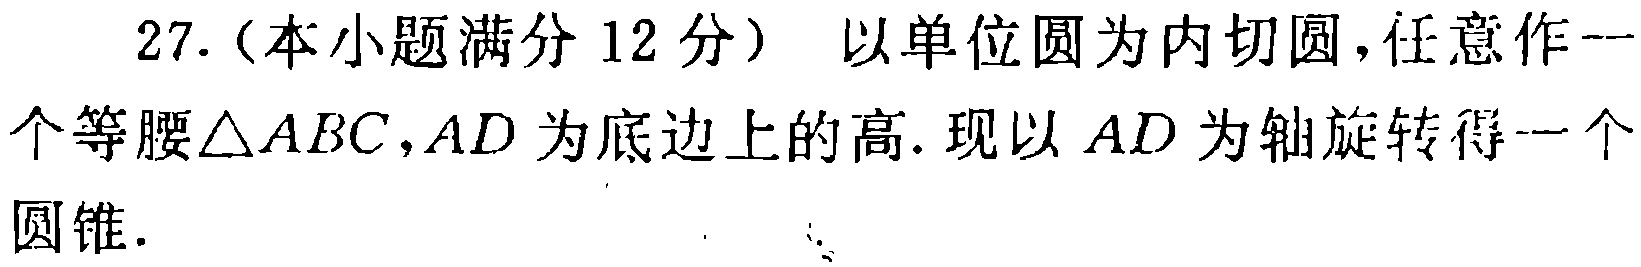
27.（本小题满分 12 分） 以单位圆为内切圆，任意作一个等腰$\triangle ABC$，$AD$为底边上的高. 现以$AD$为轴旋转得一个圆锥.